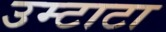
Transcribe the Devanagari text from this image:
उम्टाटा